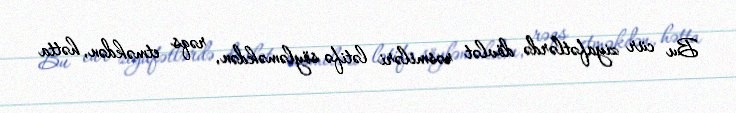
Bu cür ziyafətlərdə dövlət rəsmiləri lətifə söyləməkdən, rəqs etməkdən, hətta